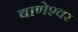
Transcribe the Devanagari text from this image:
बाणेश्‍वर